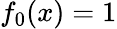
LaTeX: f_{0}(x)=1